Jaan_Tonisson_(Lasteleht), lk 428
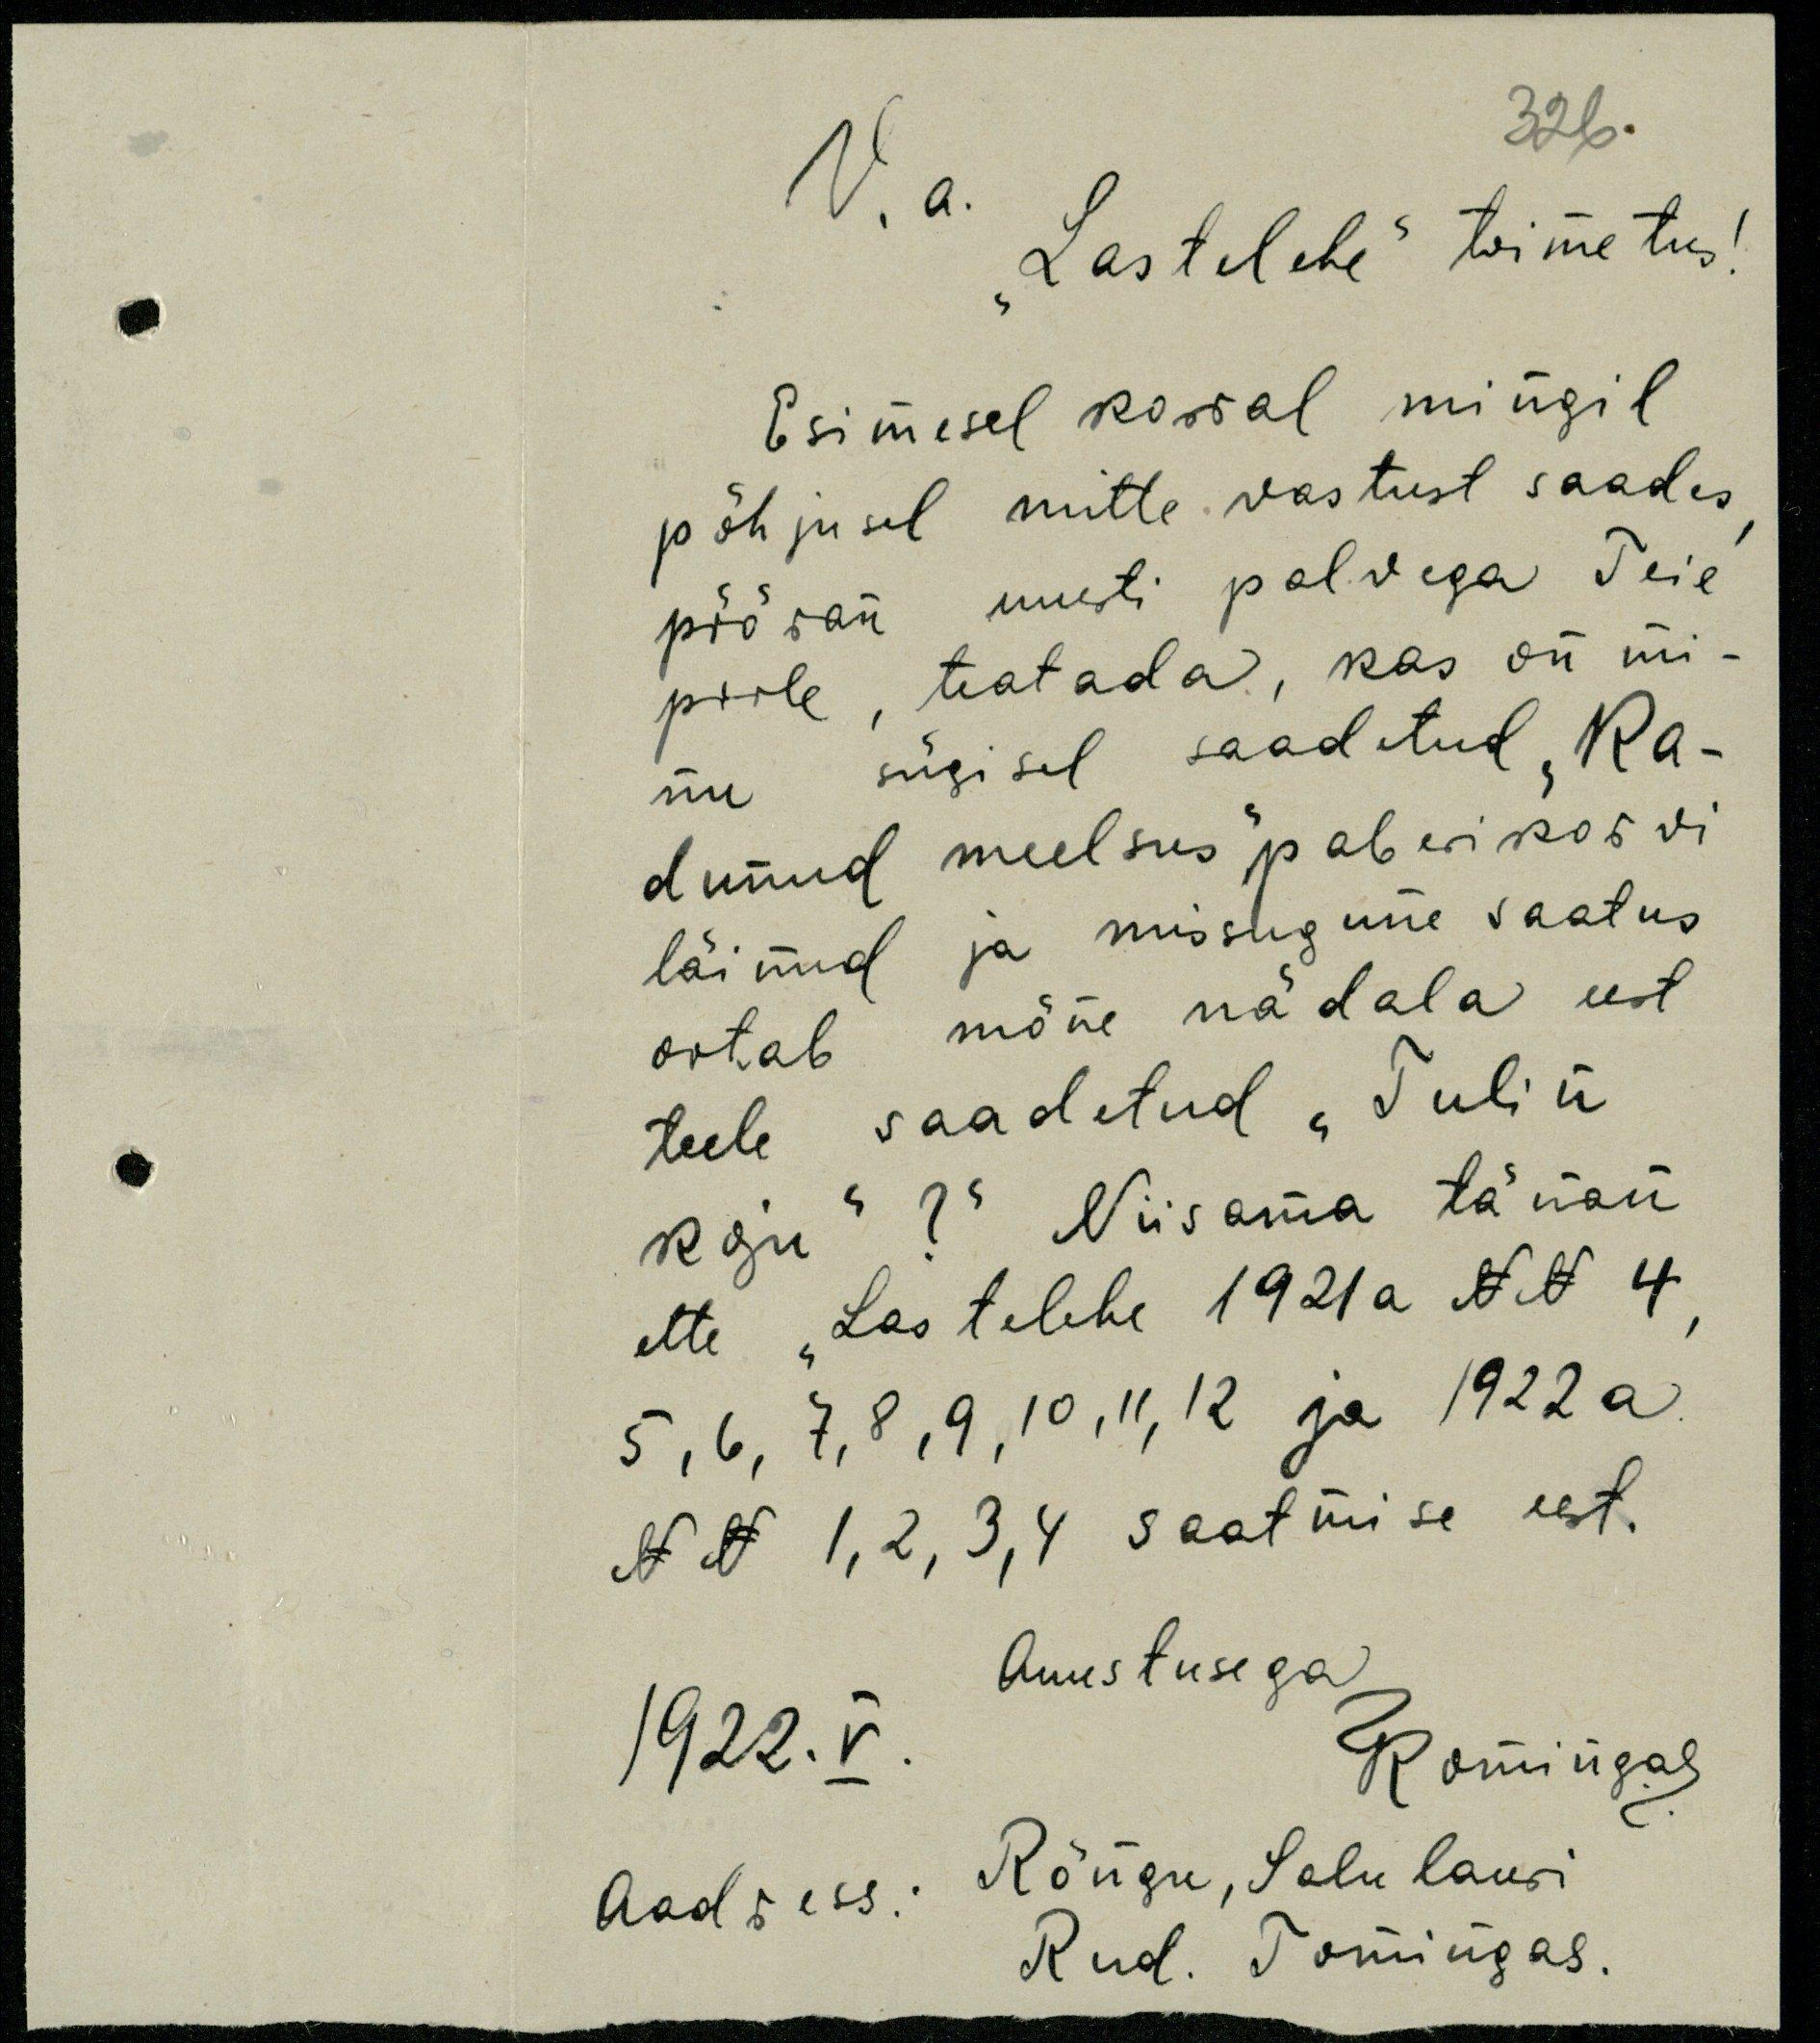
326.

V.a
"Lastelehe" toimetus!
Esimesel korral mingil
põhjusel mitte vastust saades
pööran uuesti palvega Teie
poole, teatada, kas on mi-
nu sügisel saadetud "Ka-
dunud meelsus" paberikorvi-
läinud ja missugune saatus
ootab mõne nädala eest
teele saadetud "Tulin
koju" ? " Niisama tänan
ette "Lastelehe 1921 a NoNo 4,
5, 6, 7, 8, 10, 11, 12 ja 1922 a.
N N 1,2, 3,4 saatmise eest.
Auustusega
1922. V.
RTomingas
Aadress: Rõngu, Salu lauri
Rud. Tomingas.